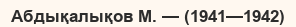
Абдықалықов М. — (1941—1942)